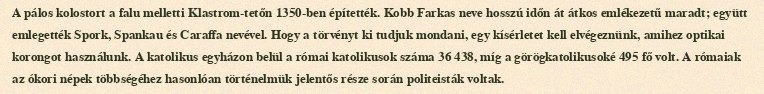
A pálos kolostort a falu melletti Klastrom-tetőn 1350-ben építették. Kobb Farkas neve hosszú időn át átkos emlékezetű maradt; együtt emlegették Spork, Spankau és Caraffa nevével. Hogy a törvényt ki tudjuk mondani, egy kísérletet kell elvégeznünk, amihez optikai korongot használunk. A katolikus egyházon belül a római katolikusok száma 36 438, míg a görögkatolikusoké 495 fő volt. A rómaiak az ókori népek többségéhez hasonlóan történelmük jelentős része során politeisták voltak.